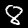
Label: 8